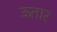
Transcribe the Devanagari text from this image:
ऊतार